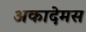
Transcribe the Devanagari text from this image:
अकादेमस